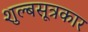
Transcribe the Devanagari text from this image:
शुल्बसूत्रकार